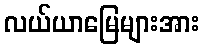
လယ်ယာမြေများအား